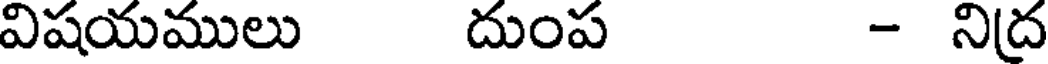
విషయములు దుంప - నిద్ర